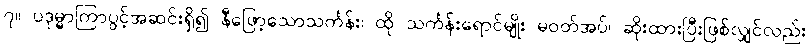
၇။ ပဒုမ္မာကြာပွင့်အဆင်းရှိ၍ နီဖြော့သောသင်္ကန်း၊ ထို သင်္ကန်းရောင်မျိုး မဝတ်အပ်၊ ဆိုးထားပြီးဖြစ်လျှင်လည်း